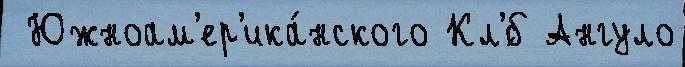
 Южноам'ер'ика́нского Кл'́б Ангуло